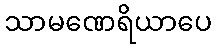
သာမဏေရိယာပေ